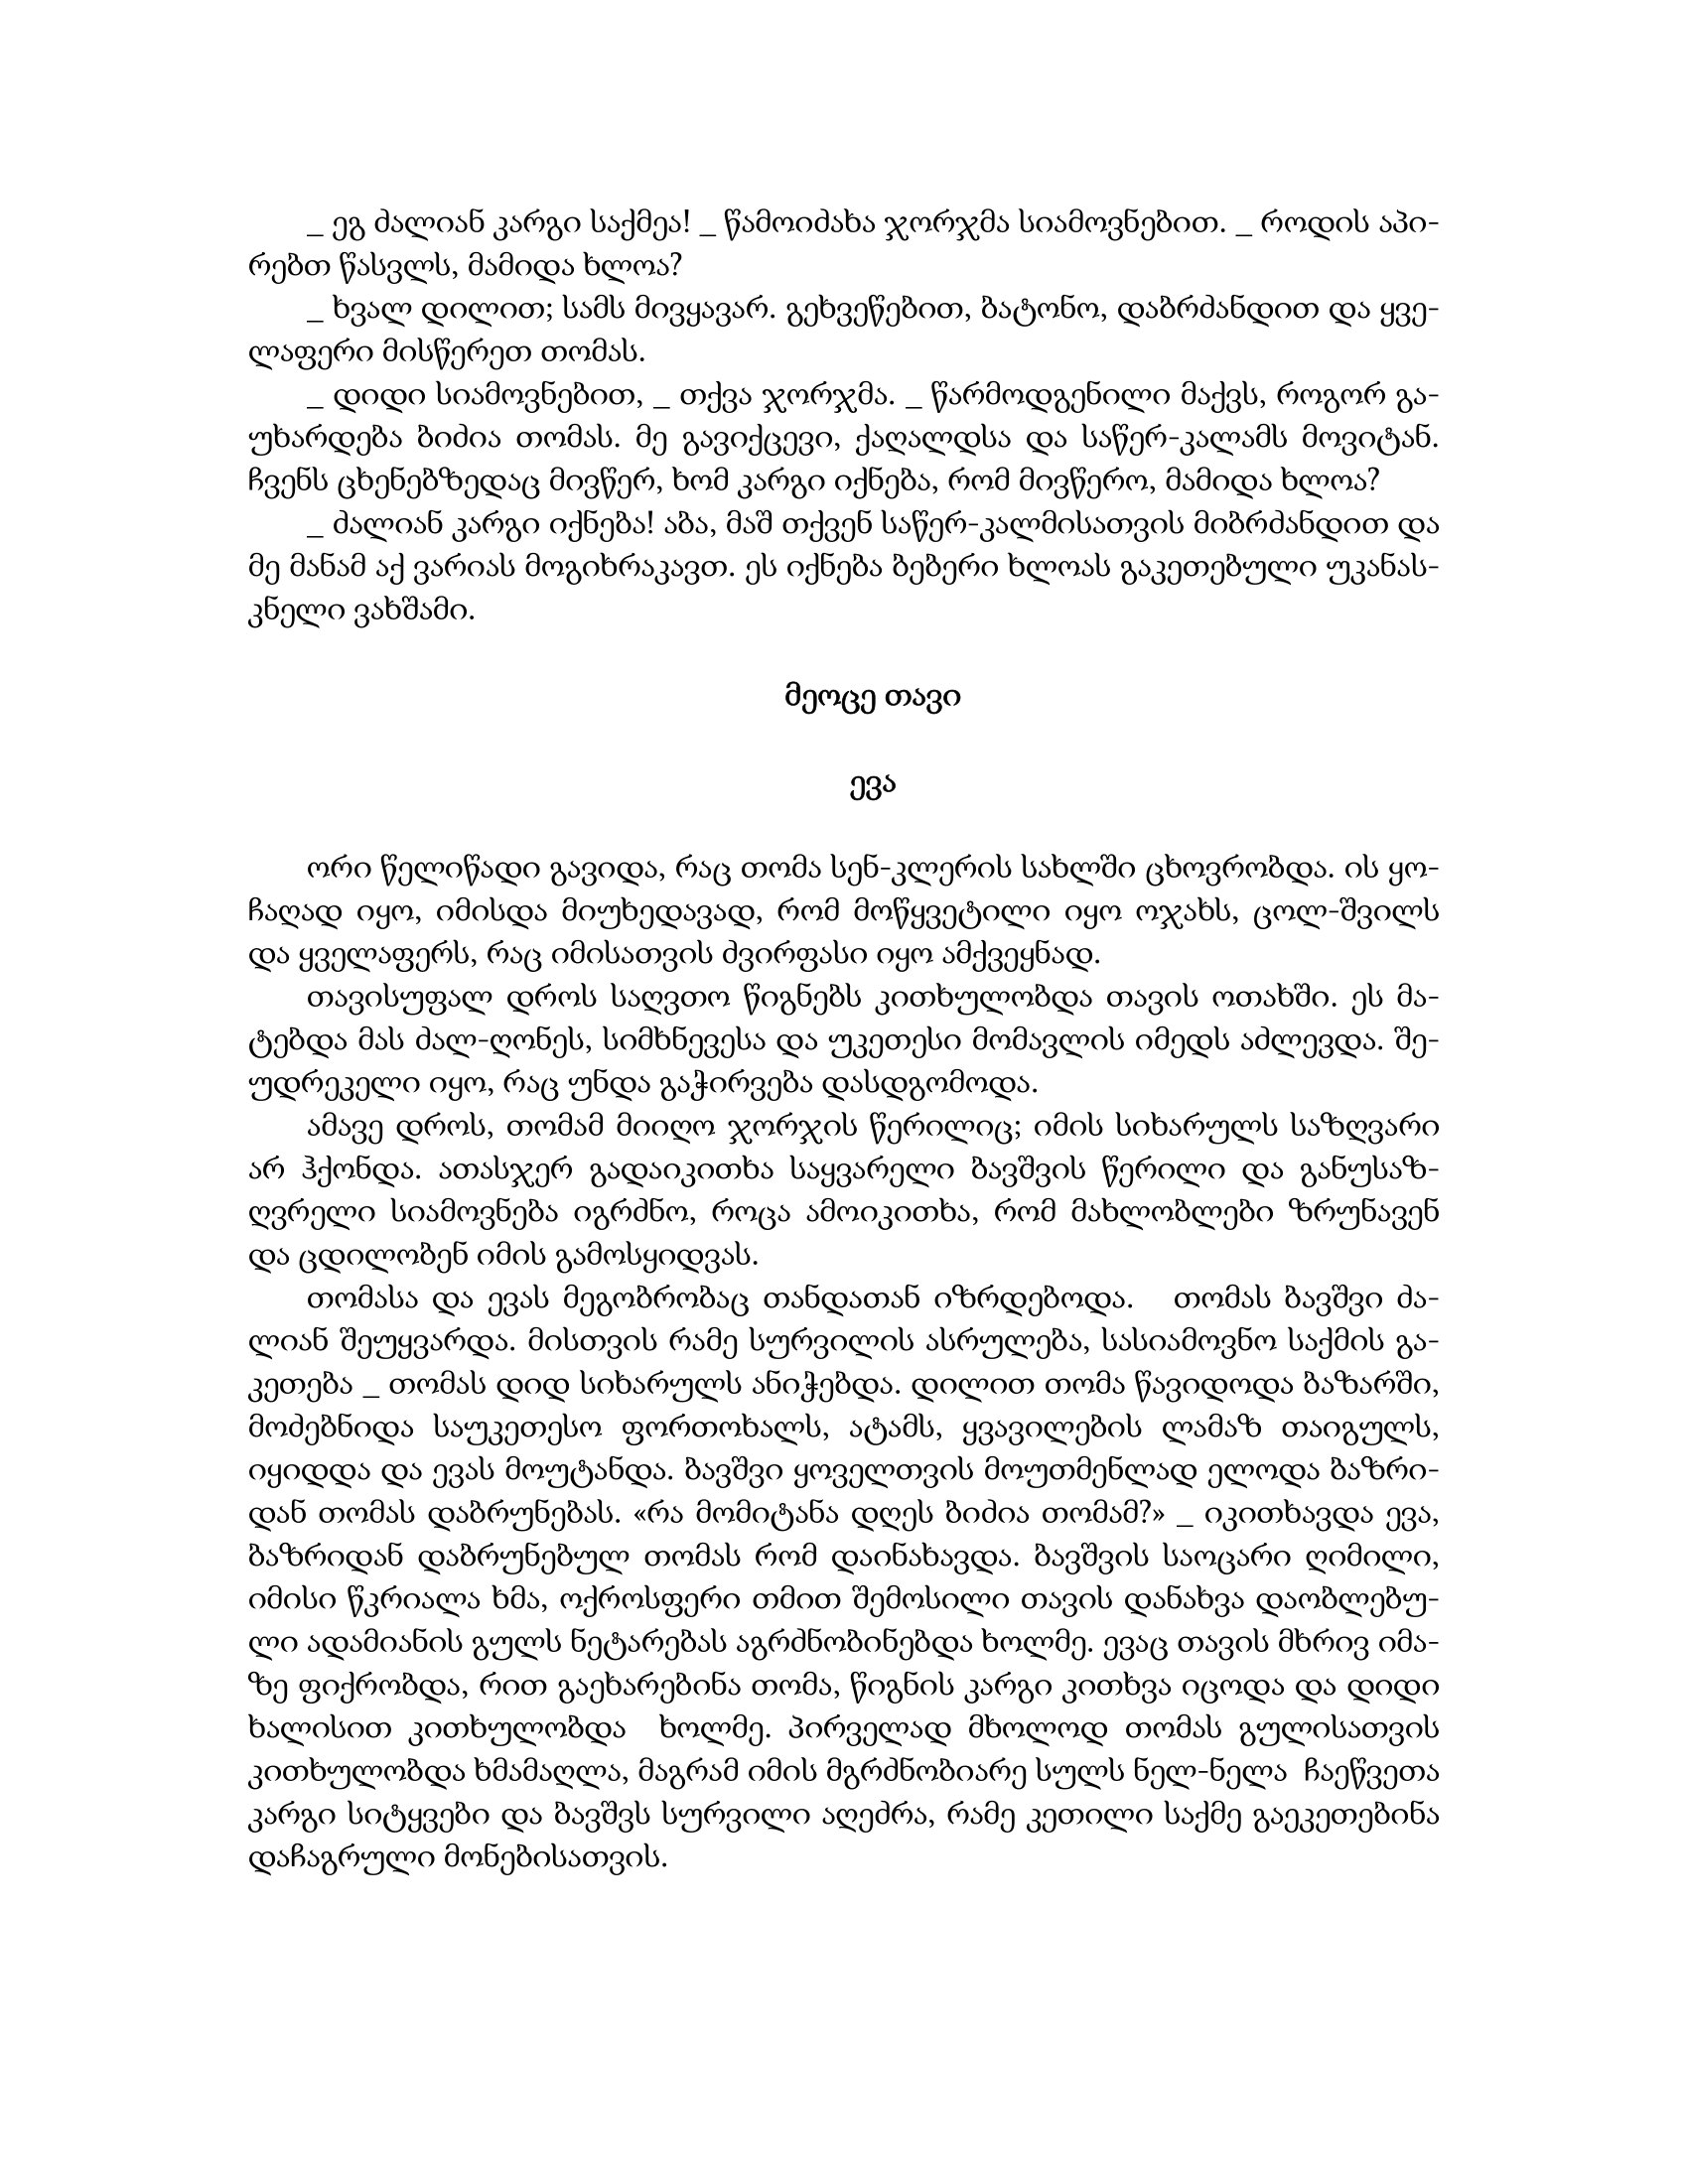
Language: gr